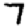
Digit: 7